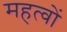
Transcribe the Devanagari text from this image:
महत्वों